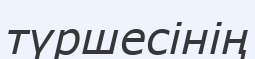
түршесінің